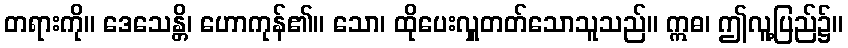
တရားကို။ ဒေသေန္တိ၊ ဟောကုန်၏။ သော၊ ထိုပေးလှူတတ်သောသူသည်။ ဣဓ၊ ဤလူ့ပြည်၌။